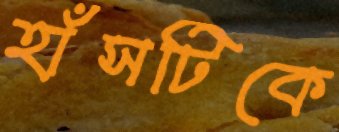
হাঁসটিকে